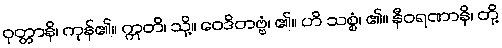
ဝုတ္တာနိ၊ ကုန်၏။ ဣတိ၊ သို့။ ဝေဒိတဗ္ဗံ၊ ၏။ ဟိ သစ္စံ၊ ၏။ နီဝရဏာနိ၊ တို့